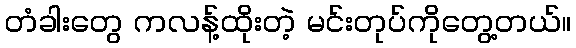
တံခါးတွေ ကလန့်ထိုးတဲ့ မင်းတုပ်ကိုတွေ့တယ်။